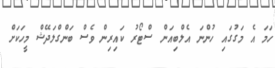
ހަމަ އެ މަގުގައި ހުންނަ އެލްބިއަން ސްޓޯރު ކައިރިން ވެސް ބަންގްލަދޭޝް މީހަކަށް